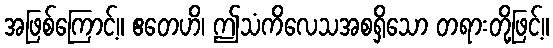
အဖြစ်ကြောင့်။ ဧတေဟိ၊ ဤသံကိလေသအစရှိသော တရားတို့ဖြင့်။